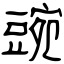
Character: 豌